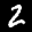
Label: 2